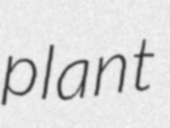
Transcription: plant